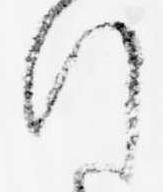
行